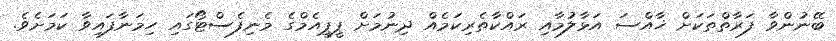
ބޭނުންވާ ފަރާތްތަކަށް ޚާއްސަ އަޅާލުމާއި ރައްކާތެރިކަމެއް ދިނުމަށް ޕީޕީއެމްގެ މެނިފެސްޓޯގައި ހިމަނާފައިވާ ކަމަށެވެ.